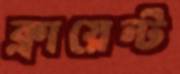
ক্লায়েন্ট